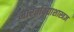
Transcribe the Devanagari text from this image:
भारतविद्याशास्त्रज्ञ